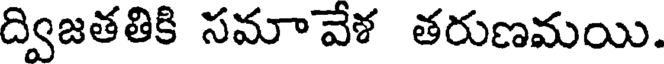
ద్విజతతికి సమావేళ తరుణమయి.